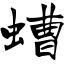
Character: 螬